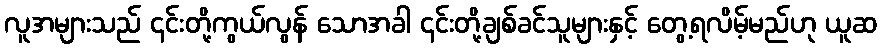
လူအများသည် ၄င်းတို့ကွယ်လွန် သောအခါ ၄င်းတို့ချစ်ခင်သူများနှင့် တွေ့ရလိမ့်မည်ဟု ယူဆ